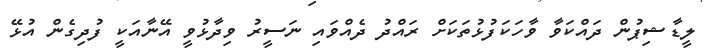
ލީޑާޝިޕުން ދައްކަވާ ވާހަކަފުޅުތަކަށް ރައްދު ދެއްވައި ނަސީރު ވިދާޅުވީ އޭނާއަކީ ފުދިގެން އުޅޭ